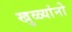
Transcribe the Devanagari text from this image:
खुळ्यांनो